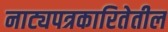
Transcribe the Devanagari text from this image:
नाट्यपत्रकारितेतील